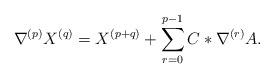
LaTeX: \begin{align*} \nabla^{(p)}X^{(q)} = X^{(p+q)} + \sum_{r=0}^{p- 1}C\ast\nabla^{(r)}A.\end{align*}